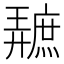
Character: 𪪩